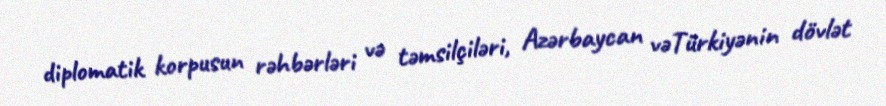
diplomatik korpusun rəhbərləri və təmsilçiləri, Azərbaycan vəTürkiyənin dövlət